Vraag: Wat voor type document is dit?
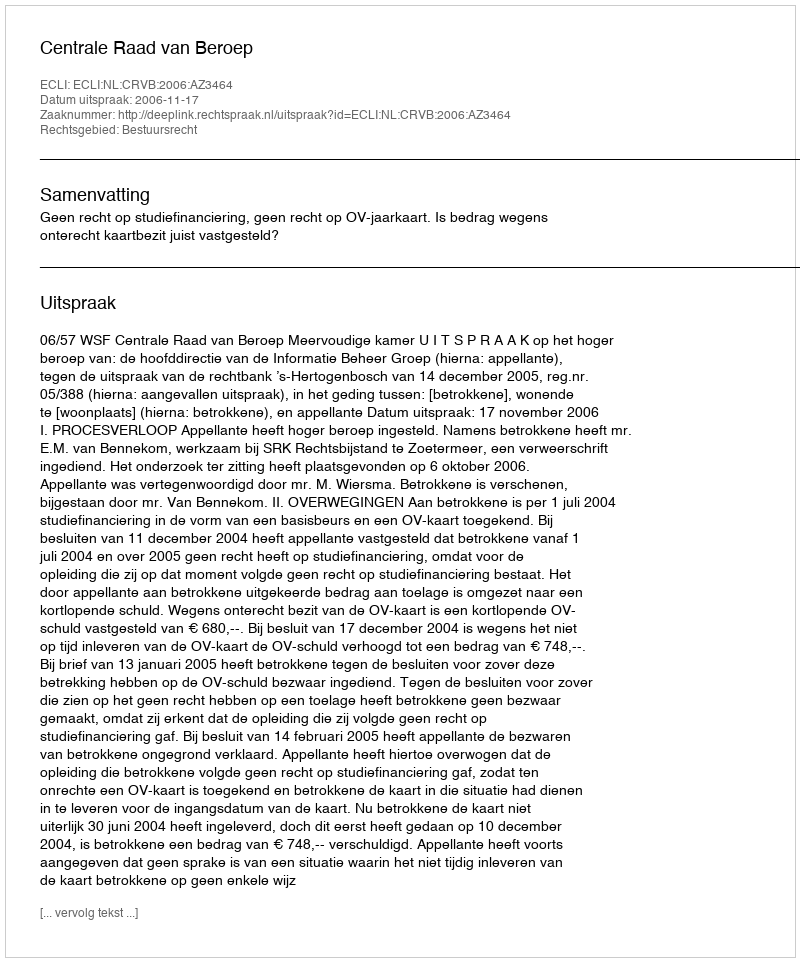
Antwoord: Uitspraak